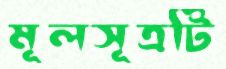
মূলসূত্রটি